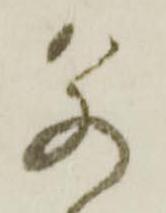
若